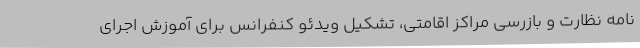
نامه نظارت و بازرسی مراکز اقامتی، تشکیل ویدئو کنفرانس برای آموزش اجرای